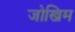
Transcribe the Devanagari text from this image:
जोखिम